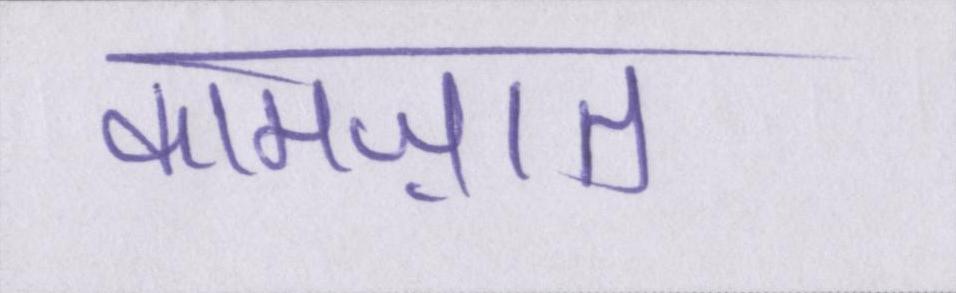
कामज़ात